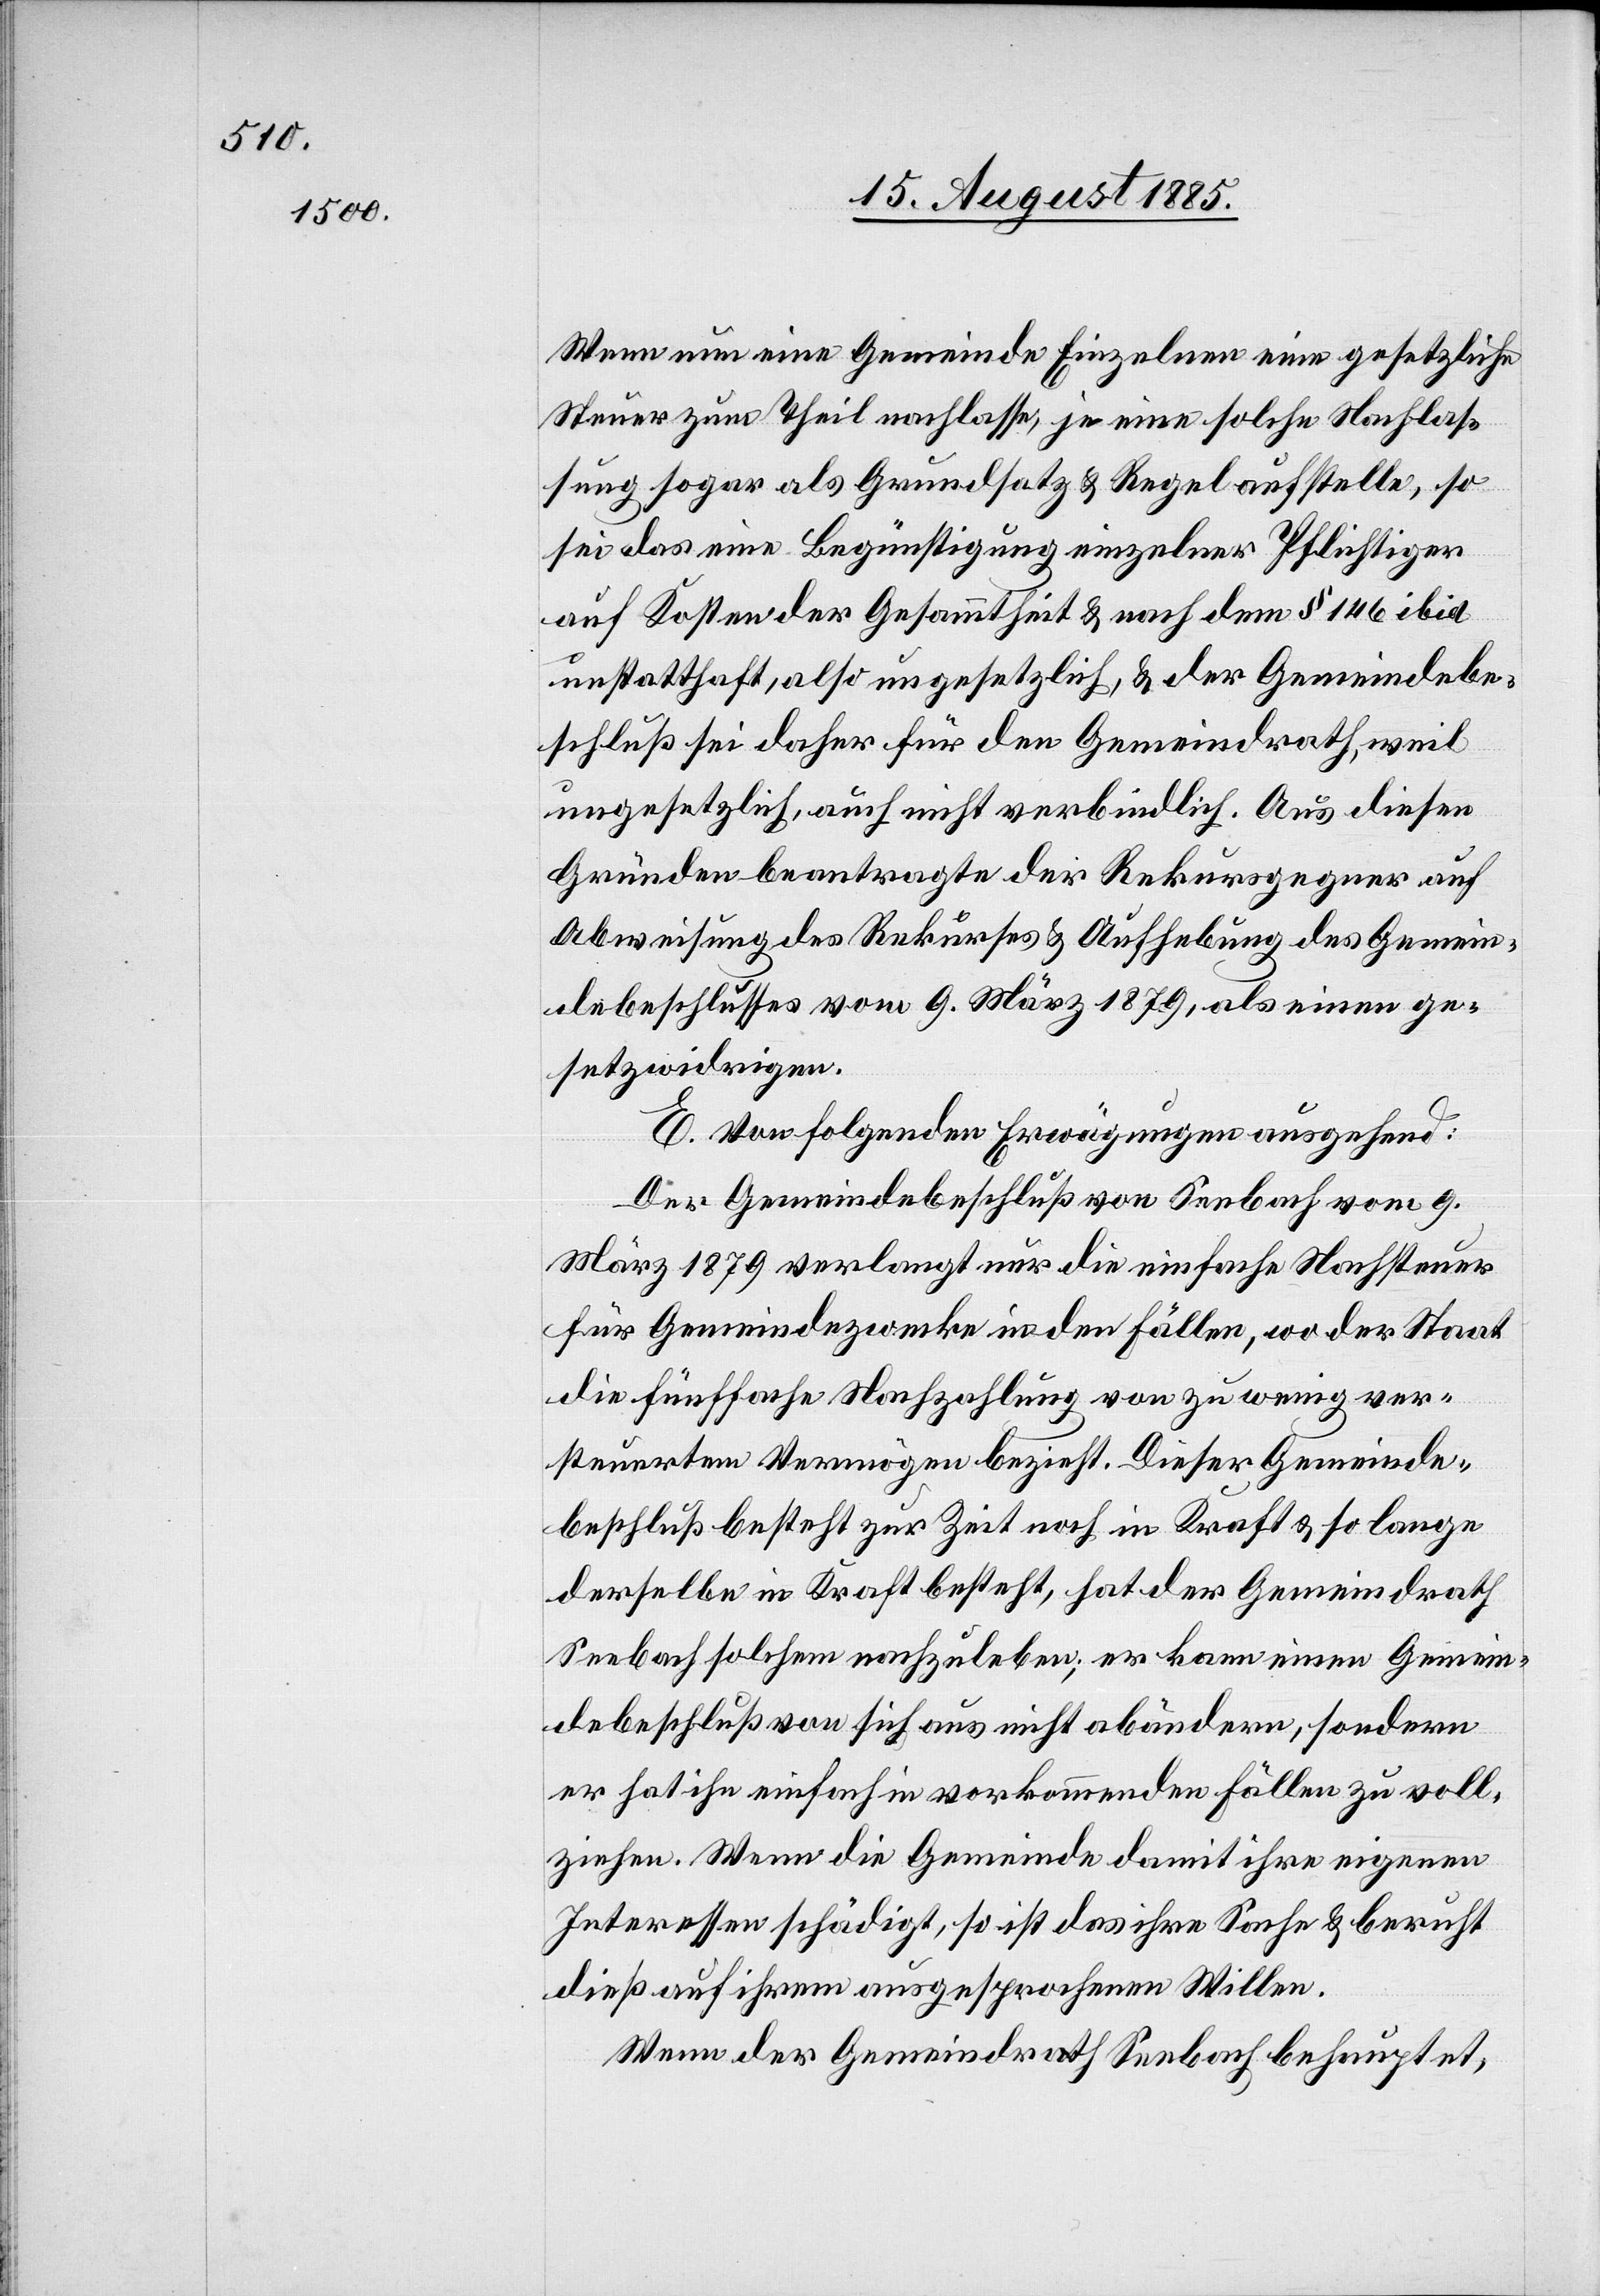
Wenn nun eine Gemeinde Einzelnen eine gesetzliche
Steuer zum Theil nachlasse, ja eine solche Nachlas¬
sung sogar als Grundsatz & Regel aufstelle, so
sei das eine Begünstigung einzelner Pflichtiger
auf Kosten der Gesammtheit & nach dem § 146 ibid
unstatthaft, also ungesetzlich & der Gemeindebe¬
schluß sei daher für den Gemeindrath, weil
ungesetzlich, auch nicht verbindlich. Aus diesen
Gründen beantrage der Rekursgegner auf
Abweisung des Rekurses & Aufhebung des Gemein¬
debeschlusses vom 9. März 1879, als einen ge¬
setzwidrigen.
E. Von folgenden Erwägungen ausgehend:
Der Gemeindebeschluß von Seebach vom 9.
März 1879 verlangt nur die einfache Nachsteuer
für Gemeindezwecke in den Fällen, wo der Staat
die fünffache Nachzahlung von zu wenig ver¬
steuertem Vermögen bezieht. Dieser Gemeinde¬
beschluß besteht zur Zeit noch in Kraft & so lange
derselbe in Kraft besteht, hat der Gemeindrath
Seebach solchem nachzuleben; er kann einen Gemein¬
debeschluß von sich aus nicht abändern, sondern
er hat ihn einfach in vorkommenden Fällen zu voll¬
ziehen. Wenn die Gemeinde damit ihre eigenen
Interessen schädigt, so ist das ihre Sache & beruht
dieß auf ihrem ausgesprochenen Willen.
Wenn der Gemeindrath Seebach behauptet,